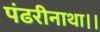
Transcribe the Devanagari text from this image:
पंढरीनाथा।।